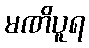
မဏိပူရ